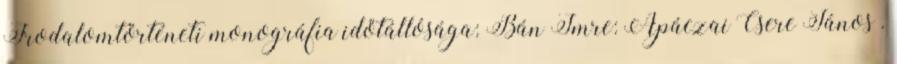
Irodalomtörténeti monográfia időtállósága: Bán Imre: Apáczai Csere János .